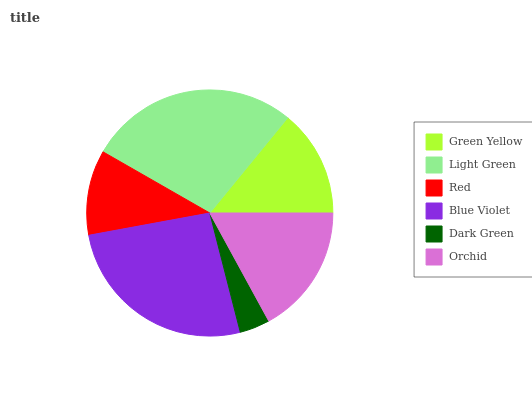
| Green Yellow | Light Green | Red | Blue Violet | Dark Green | Orchid |
 | --- | --- | --- | --- | --- | --- |
 | 14.1% | 27.7% | 11.2% | 26.1% | 3.96% | 17% |